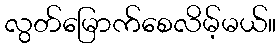
လွတ်မြောက်စေလိမ့်မယ်။